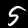
Digit: 5